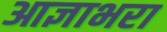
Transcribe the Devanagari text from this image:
आज्ञाभरा